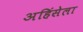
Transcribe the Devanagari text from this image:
अहिंसेला